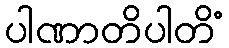
ပါဏာတိပါတိံ